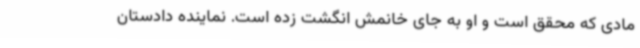
مادی که محقق است و او به جای خانمش انگشت زده است. نماینده دادستان